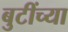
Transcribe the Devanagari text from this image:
बुटींच्या